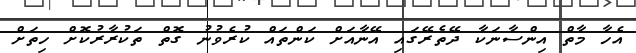
އެހާ މާތް އިންސާނަކާ ދޭތެރޭގައި އޭނާއަށް ކަންތައް ކުރެވުނު ގޮތް ތަކުރާރުކޮށް ހިތަށް